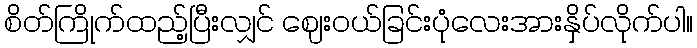
စိတ်ကြိုက်ထည့်ပြီးလျှင် ဈေးဝယ်ခြင်းပုံလေးအားနှိပ်လိုက်ပါ။